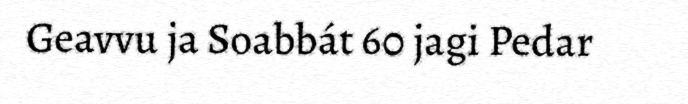
Geavvu ja Soabbát 60 jagi Pedar